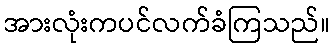
အားလုံးကပင်လက်ခံကြသည်။